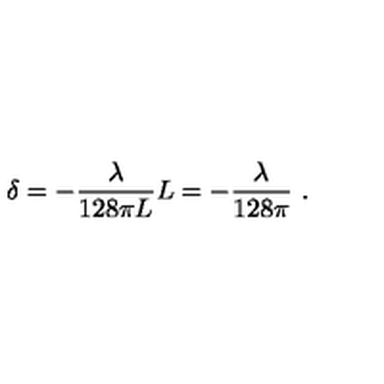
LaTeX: \delta = - \frac { \lambda } { 1 2 8 \pi L } L = - \frac { \lambda } { 1 2 8 \pi } \ .